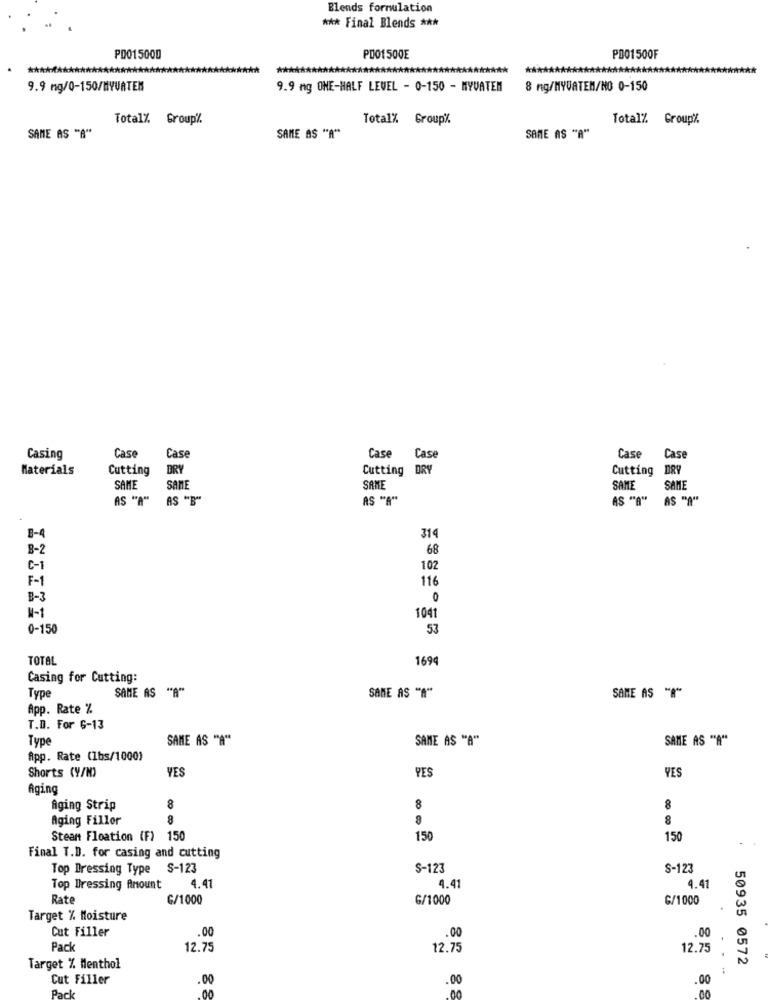
Blends formulation
*** Final Blends ***
PD015000
POOT 500E
PD01500F
9.9 ng/0-150/HYURTEN
9.9 ng ONE-HALF LEVEL - 0-150 - NYVATEN
8 ng/MYUATEM/NO 0-150
Total% Group%.
Total% Group%.
Total% Group%
SAME AS "A"
SAME AS "A"
SAME AS "A"
Case
Casing
Case
Case
Case
Case
Case
Materials
Cutting
DRY
Cutting D
Cutting
DRY
SAME
SAME
SAME
SAME
SAME
AS "A" AS "B"
AS "A"
AS "A" AS "A"
8-4
314
8-2
68
C-1
102
F-1
116
B-3
0
1-1
1041
0-150
53
TOTAL
1694
Casing for Cutting:
SAME AS "A"
SAME AS "8"
Type
SAME AS "A"
App. Rate %
T.D. For 6-13
Type
SAME AS "A"
SAME AS "A""
SAME AS "A"
App. Rate (Ibs/1000)
YES
YES
Shorts (Y/N)
YES
Aging
Aging Strip
8
8
8
Aging Fillor
8
8
Steam Floation (F) 150
150
150
Final T.D. for casing and cutting
Top Dressing Type S-123
S-123
S-123
Top Dressing Amount
4.41
4.41
4.4
Rate
G/1000
G/1000
G/1000
Target % Moisture
Cut Filler
.00
.00
.00
Pack
12.75
12.75
12.75
50935 0572
Target % Menthol
Cut Filler
.00
.00
.00
Pack